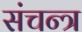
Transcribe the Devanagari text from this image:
संचन्त्र